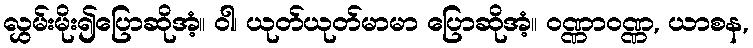
လွှမ်းမိုး၍ပြောဆိုအံ့။ ဝါ၊ ယုတ်ယုတ်မာမာ ပြောဆိုအံ့။ ဝဏ္ဏာဝဏ္ဏ, ယာစန,